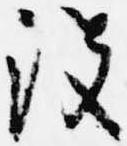
没